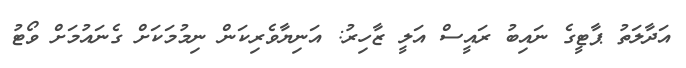
އަދާލަތު ޕާޓީގެ ނައިބު ރައީސް އަލީ ޒާހިރު: އަނިޔާވެރިކަން ނިމުމަކަށް ގެނައުމަށް ވޯޓު